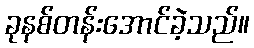
ခုနစ်တန်းအောင်ခဲ့သည်။